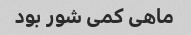
ماهی کمی شور بود